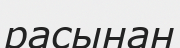
расынан